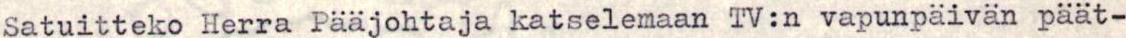
Satuitteko Herra Pääjohtaja katselemaan TV:n vapunpäivän päät-